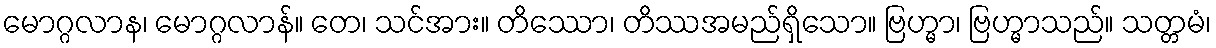
မောဂ္ဂလာန၊ မောဂ္ဂလာန်။ တေ၊ သင်အား။ တိဿော၊ တိဿအမည်ရှိသော။ ဗြဟ္မာ၊ ဗြဟ္မာသည်။ သတ္တမံ၊